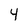
Character: 4